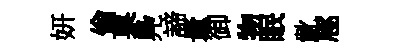
妍倫菓鳧諦量御物眠齔豗